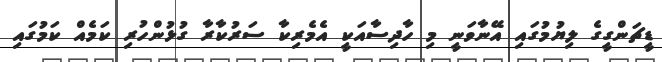
ޑީޗަންގީގެ ލިޔުމުގައި އޭނާވަނީ މި ހާދިސާއަކީ އެމެރިކާ ސަރުކާރާ ގުޅުންހުރި ކަމެއް ކަމުގައި